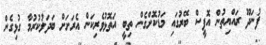
ފުނަދޫ ރައްޔިތުން އޮފީސް ބޭރުގައި މަޑުކޮށްގެން ތިބީ އަތޮޅުވެރިކަން އެރަށަށް ބަދަލުކުރުމާ ގުޅިގެން